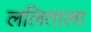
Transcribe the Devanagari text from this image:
ललिताला